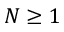
N \geq 1